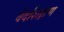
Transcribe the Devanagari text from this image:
वेदशिक्षण